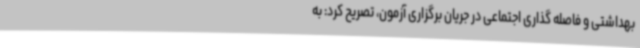
بهداشتی و فاصله گذاری اجتماعی در جریان برگزاری آزمون، تصریح کرد: به